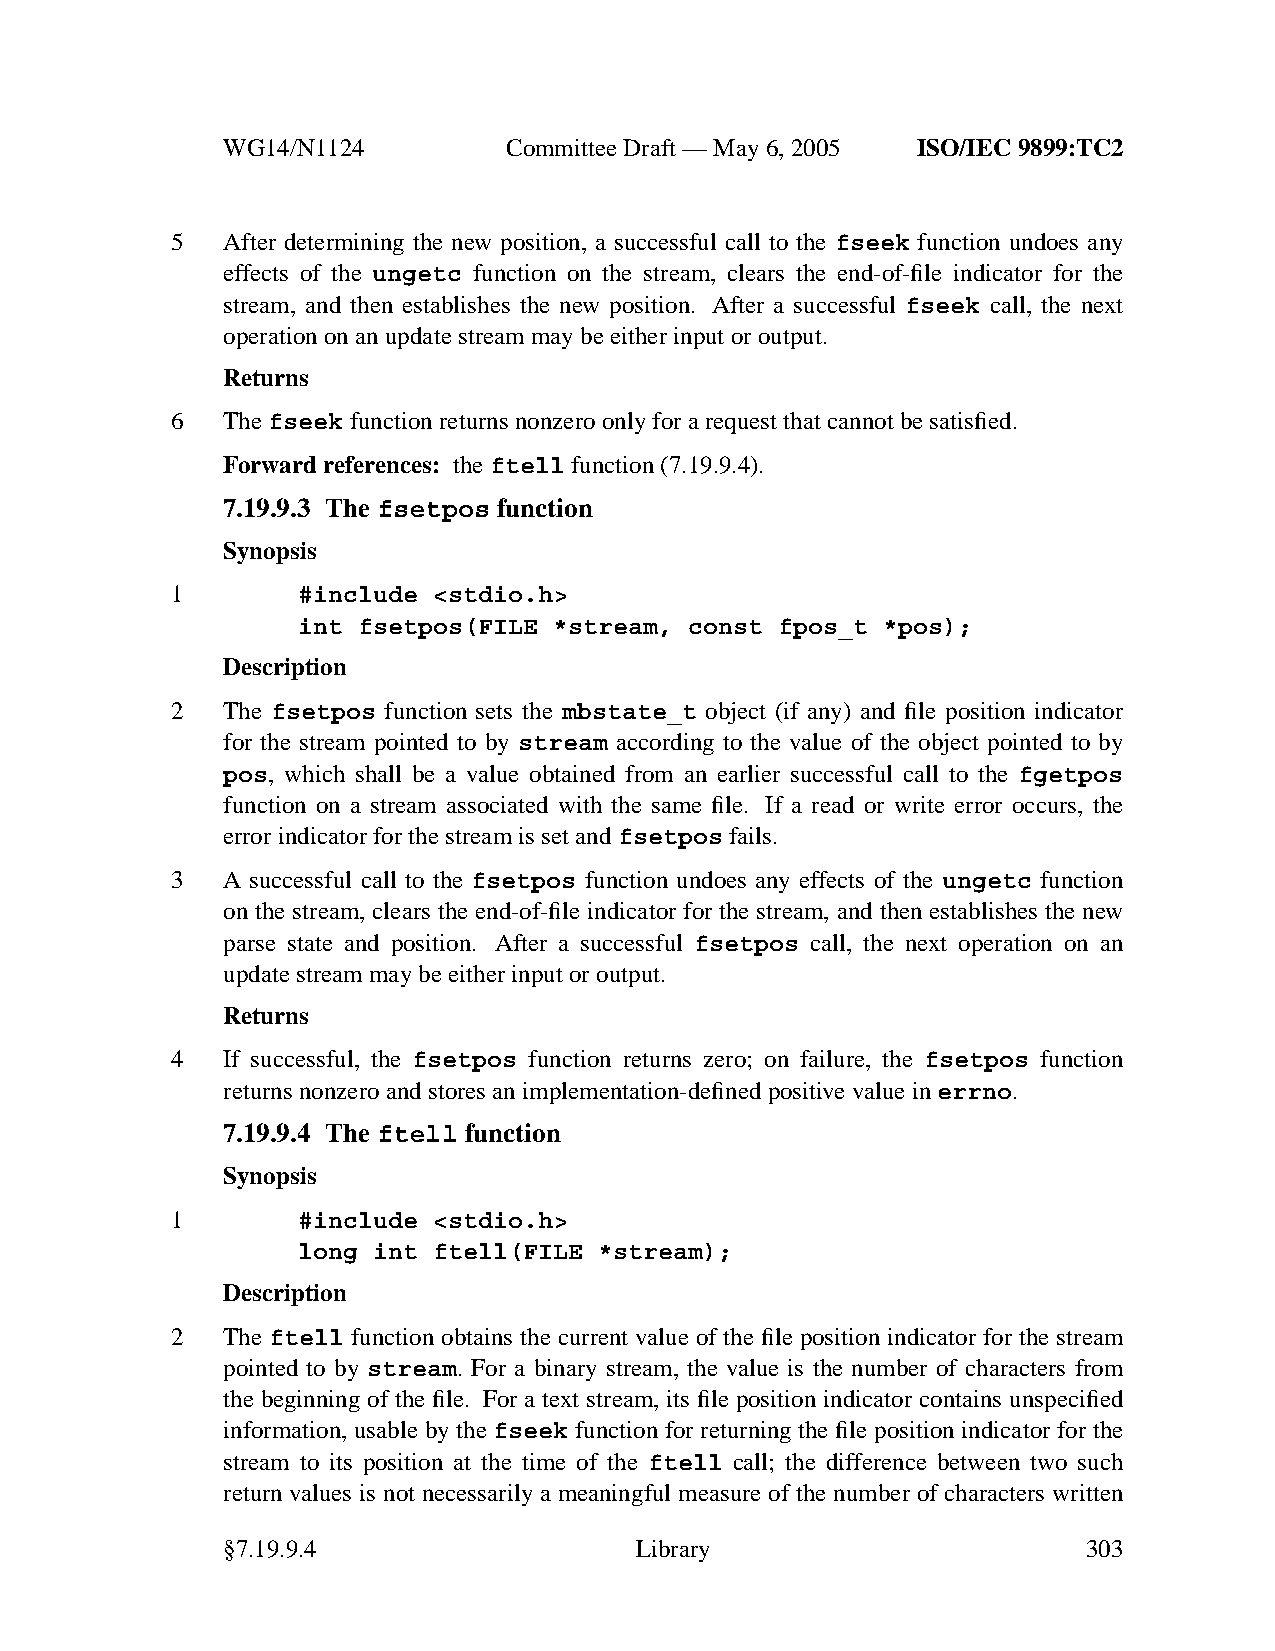
WG14/N1124        CommitteeDraft — May 6, 2005 ISO/IEC 9899:TC2
 5   After determining the new position, a successful call to the fseek function undoes any
 effects of the ungetc function on the stream, clears the end-of-file indicator for the
 stream, and then establishes the new position. After a successful fseek call, the next
 operation on an update stream may be either input or output.
 Returns
 6   Thefseek function returns nonzero only for a request that cannot be satisfied.
 Forward references: theftell function (7.19.9.4).
 7.19.9.3 The fsetpos function
 Synopsis
 1        #include <stdio.h>
 int fsetpos(FILE *stream, const fpos_t *pos);
 Description
 2   The fsetpos function sets the mbstate_t object (if any) and file position indicator
 for the stream pointed to by stream according to the value of the object pointed to by
 pos, which shall be a value obtained from an earlier successful call to the fgetpos
 function on a stream associated with the same file. If a read or write error occurs, the
 error indicator for the stream is set andfsetpos fails.
 3   A successful call to the fsetpos function undoes any effects of the ungetc function
 on the stream, clears the end-of-file indicator for the stream, and then establishes the new
 parse state and position. After a successful fsetpos call, the next operation on an
 update stream may be either input or output.
 Returns
 4   If successful, the fsetpos function returns zero; on failure, the fsetpos function
 returns nonzero and stores an implementation-defined positive value in errno.
 7.19.9.4 The ftell function
 Synopsis
 1        #include <stdio.h>
 long int ftell(FILE *stream);
 Description
 2   The ftell function obtains the current value of the file position indicator for the stream
 pointed to by stream. For a binary stream, the value is the number of characters from
 the beginning of the file. For a text stream, its file position indicator contains unspecified
 information, usable by the fseek function for returning the file position indicator for the
 stream to its position at the time of the ftell call; the difference between two such
 return values is not necessarily a meaningful measure of the number of characters written
 §7.19.9.4                  Library                       303